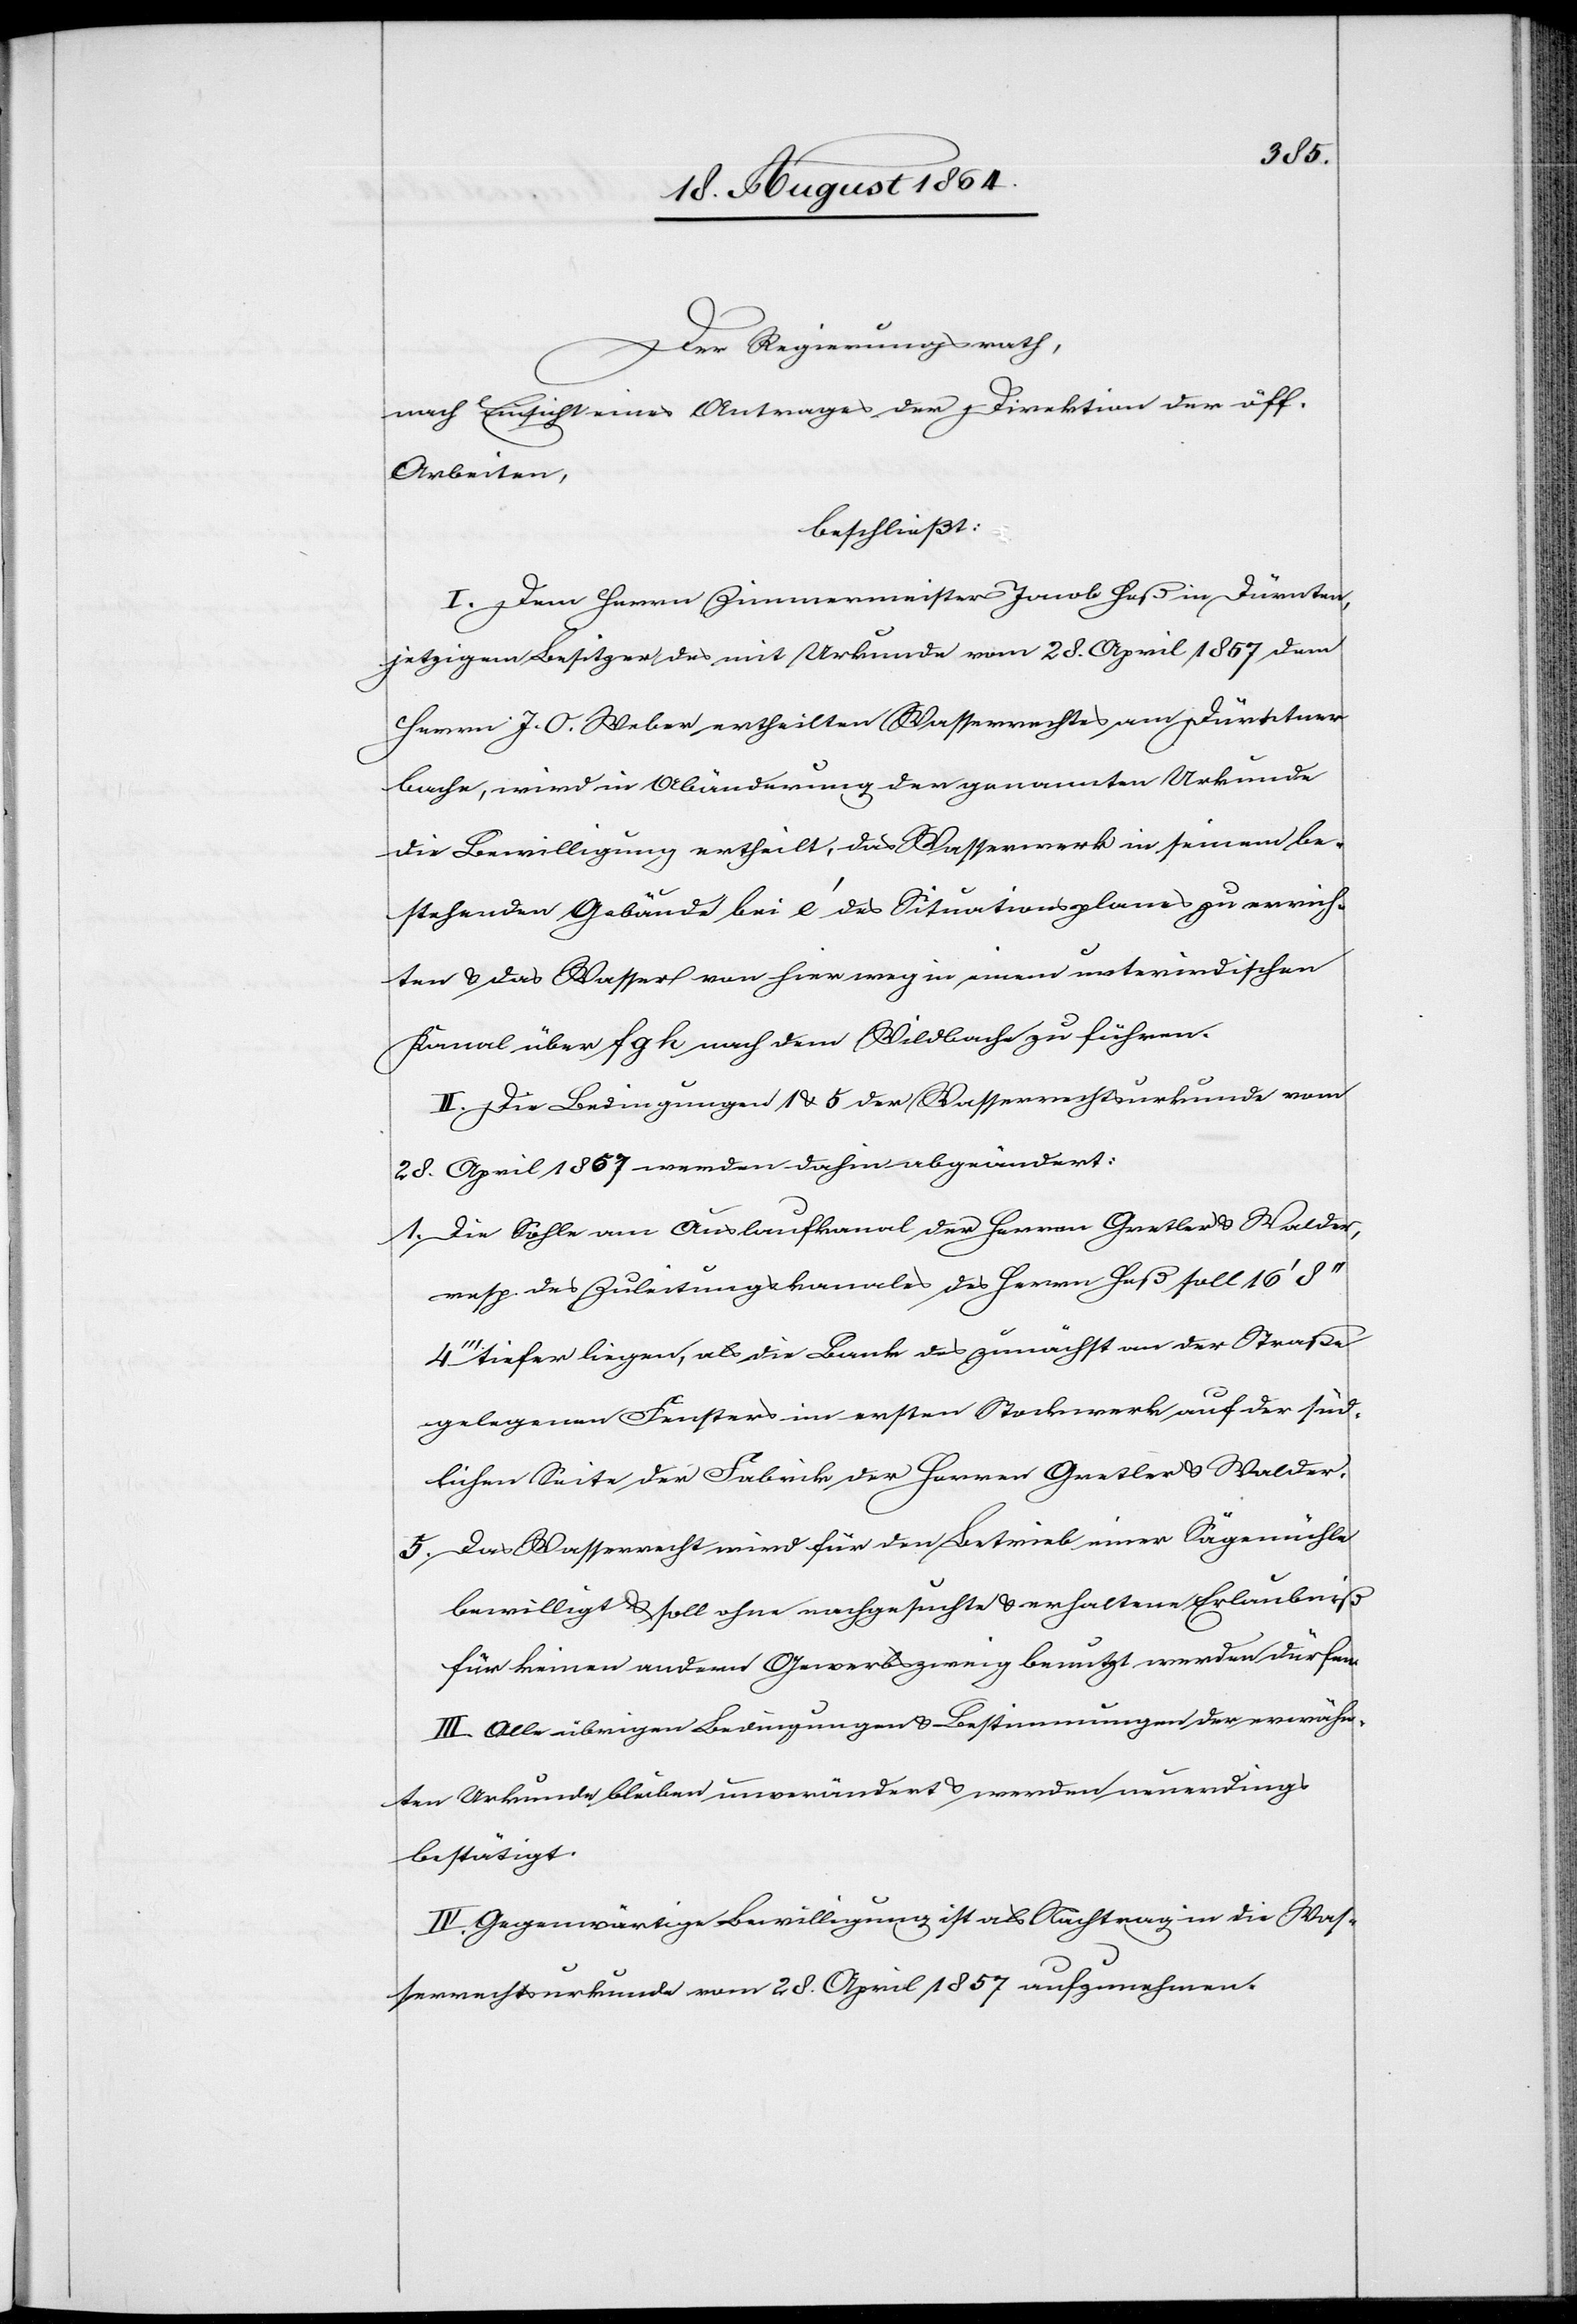
Der Regierungsrath,
nach Einsicht eines Antrages der Direktion der öff.
Arbeiten,
beschließt:
I. Dem Herrn Zimmermeister Jacob Heß in Dürnten,
jetzigem Besitzer des mit Urkunde vom 28. April 1857 dem
Herrn J. O. Weber ertheilten Wasserrechtes am Dürntner
bache [sic!] wird in Abänderung der genannten Urkunde
die Bewilligung ertheilt, das Wasserwerk in seinem be¬
stehenden Gebäude bei e’ des Situationsplanes zu errich¬
ten & das Wasser von hier weg in einem unterirdischen
Kanal über f g h nach dem Wildbache zu führen.
II. Die Bedingungen 1 & 5 der Wasserrechtsurkunde vom
28. April 1857 werden dahin abgeändert:
1.	Die Sohle am Auslaufkanal der Herren Gretler & Walder
resp. des Zuleitungskanales des Herrn Heß soll 16’
4’’’ tiefer liegen, als die Bank des zunächst an der Straße
gelegenen Fensters im ersten Stockwerk auf der süd¬
lichen Seite der Fabrik der Herren Gretler & Walder.
5.	Das Wasserrecht wird für den Betrieb einer Sägemühle
bewilligt & soll ohne nachgesuchte & erhaltene Erlaubniß
für keinen andern Gewerbszweig benutzt werden dürfen.
III. Alle übrigen Bedingungen & Bestimmungen der erwähn¬
ten Urkunde bleiben unverändert & werden neuerdings
bestätigt.
IV. Gegenwärtige Bewilligung ist als Nachtrag in die Was¬
serrechtsurkunde vom 28. April 1857 aufzunehmen.